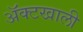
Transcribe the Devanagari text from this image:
ॲक्टखाली